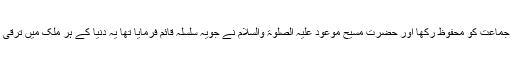
اس کے بدنتائج سے جماعت کو محفوظ رکھا اور حضرت مسیح موعود علیہ الصلوٰۃ والسلام نے جویہ سلسلہ قائم فرمایا تھا یہ دنیا کے ہر ملک میں ترقی کرتا چلا جا رہا ہے۔